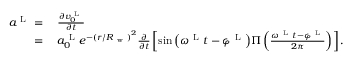
\begin{array} { r l } { a ^ { \mathrm { ~ L ~ } } = { } } & { { } \frac { \partial v _ { 0 } ^ { \mathrm { ~ L ~ } } } { \partial t } } \\ { = { } } & { { } a _ { 0 } ^ { \mathrm { ~ L ~ } } e ^ { - { ( { r / R _ { \mathrm { ~ w ~ } } } ) } ^ { 2 } } \frac { \partial } { \partial t } \left\lbrack { \sin \left( { \omega ^ { \mathrm { ~ L ~ } } t - \varphi ^ { \mathrm { ~ L ~ } } } \right) } \Pi \left( \frac { \omega ^ { \mathrm { ~ L ~ } } t - \varphi ^ { \mathrm { ~ L ~ } } } { 2 \pi } \right) \right\rbrack . } \end{array}